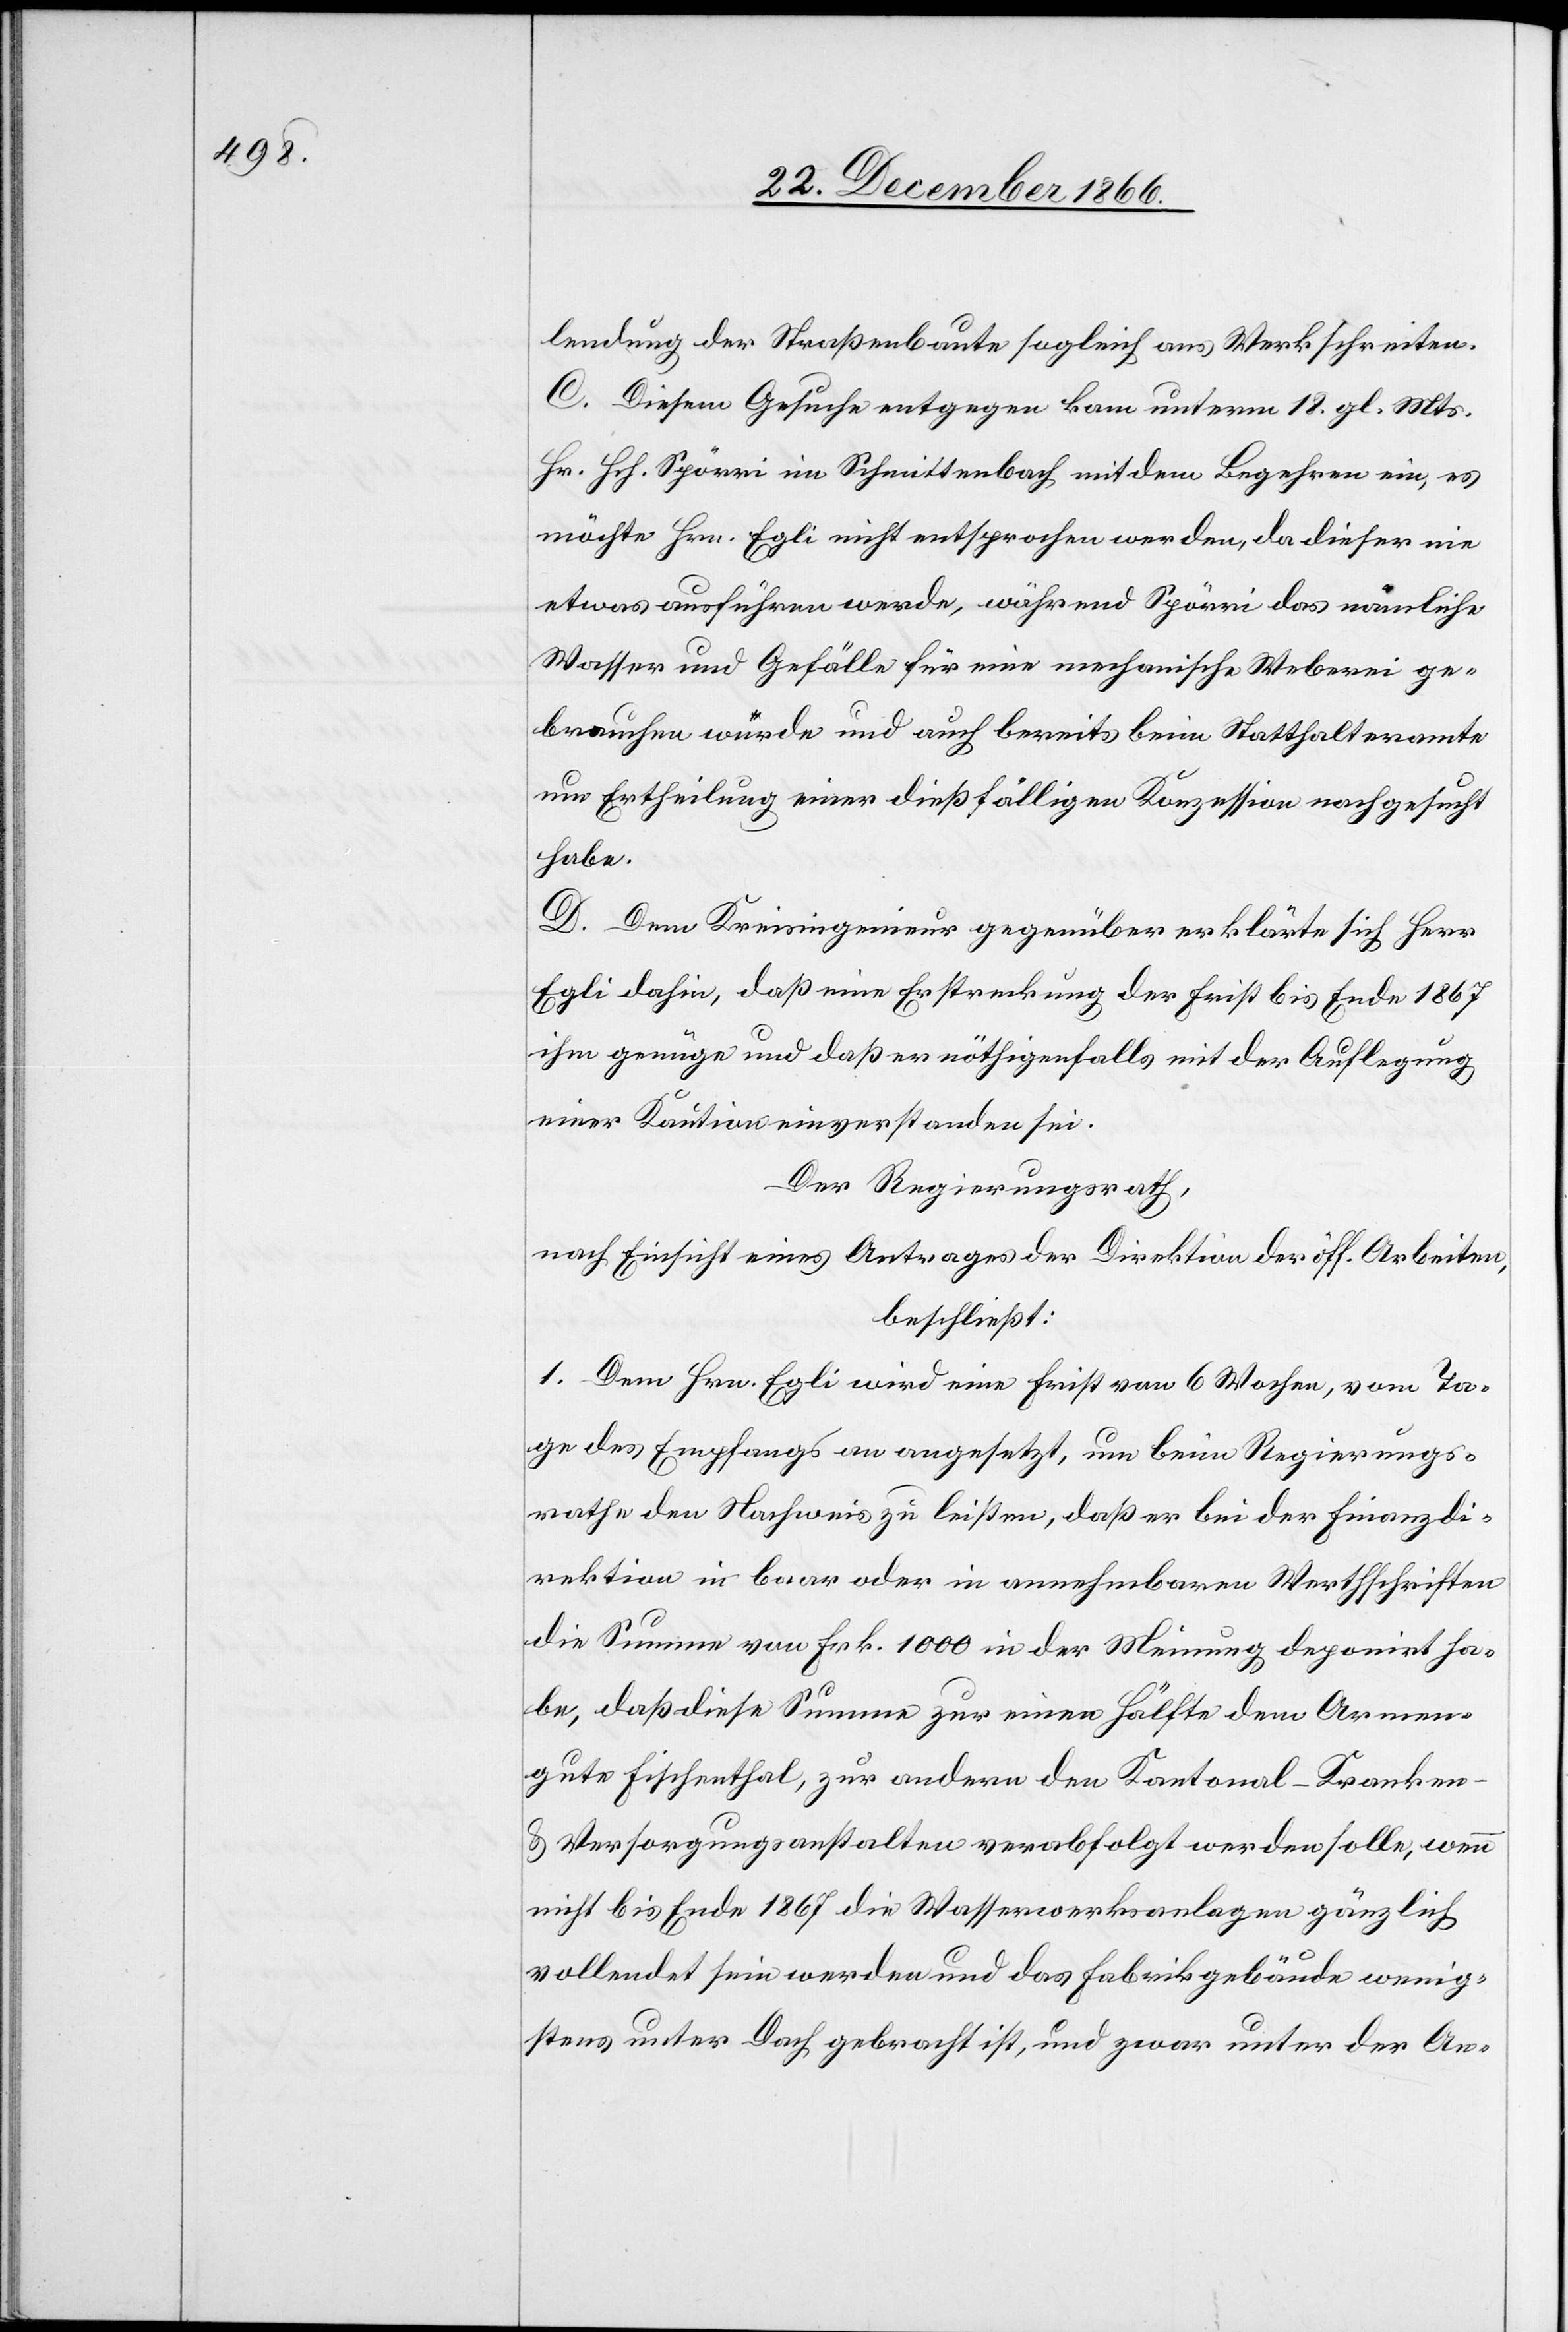
lendung der Straßenbaute sogleich ans Werk schreiten.
C. Diesem Gesuche entgegen kam unterm 18. gl. Mts.
Hr. Hch. Spörri im Schmittenbach mit dem Begehren ein, es
möchte Hrn. Egli nicht entsprochen werden, da dieser nie
etwas ausführen werde, während Spörri das nämliche
Wasser und Gefälle für eine mechanische Weberei ge¬
brauchen würde und auch bereits beim Statthalteramte
um Ertheilung einer dießfälligen Konzession nachgesucht
habe.
D. Dem Kreisingenieur gegenüber erklärte sich Herr
Egli dahin, daß eine Erstreckung der Frist bis Ende 1867
ihm genüge und daß er nöthigenfalls mit der Auflegung
einer Kaution einverstanden sei.
Der Regierungsrath,
nach Einsicht eines Antrages der Direktion der öff. Arbeiten,
beschließt:
1. Dem Hrn. Egli wird eine Frist von 6 Wochen, vom Ta¬
ge des Empfangs an angesetzt, um beim Regierungs¬
rathe den Nachweis zu leisten, daß er bei der Finanzdi¬
rektion in baar oder in annehmbaren Werthschriften
die Summe von Frk. 1000 in der Meinung deponirt ha¬
be, daß diese Summe zur einen Hälfte dem Armen¬
gute Fischenthal, zur andern den Kantonal-Kranken-
u. Versorgungsanstalten verabfolgt werden solle, wenn
nicht bis Ende 1867 die Wasserwerksanlagen gänzlich
vollendet sein werden und das Fabrikgebäude wenig¬
stens unter Dach gebracht ist, und zwar unter der An-